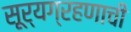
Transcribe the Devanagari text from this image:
सूर्यग्रहणाची